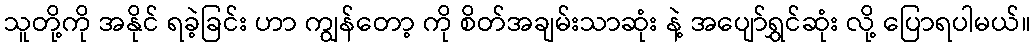
သူတို့ကို အနိုင် ရခဲ့ခြင်း ဟာ ကျွန်တော့ ကို စိတ်အချမ်းသာဆုံး နဲ့ အပျော်ရွှင်ဆုံး လို့ ပြောရပါမယ်။